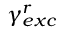
\gamma _ { e x c } ^ { r }